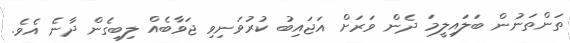
ތަންތަނުން ބަލައިލީމަ ދެން ވަރަށް އަޖައިބު ކުރުވަނިވި ޖަވާބެއް ލިބިގެން ދާނެ އެވެ.